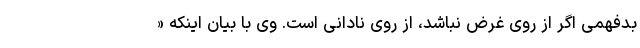
بدفهمی اگر از روی غرض نباشد، از روی نادانی است. وی با بیان اینکه «